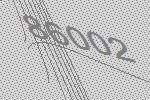
86002